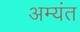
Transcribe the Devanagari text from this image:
अम्यंत